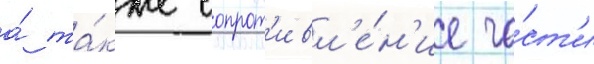
а́ та́кже сопрот'ивл'е́н'ие ча́ст'и